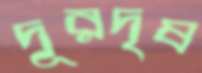
দূরদৃষ